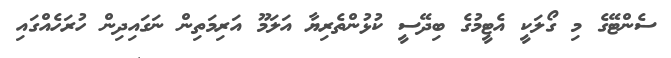
ސެންޓޭގެ މި ގޯލަކީ އެޓީމުގެ ބިދޭސީ ކުޅުންތެރިޔާ އަލަމޫ އަރިމަތިން ނަގައިދިން ހުރަހެއްގައި